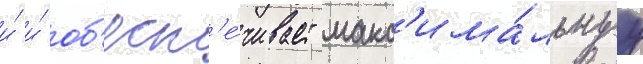
и́ и́ об'есп'е́чивает макс'има́льнуу